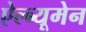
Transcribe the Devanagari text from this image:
ऐल्ब्यूमेन